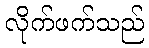
လိုက်ဖက်သည်